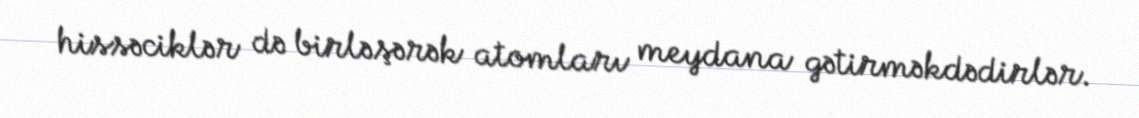
hissəciklər də birləşərək atomları meydana gətirməkdədirlər.